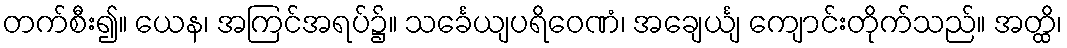
တက်စီး၍။ ယေန၊ အကြင်အရပ်၌။ သင်္ခေယျပရိဝေဏံ၊ အချေင်္ယျ ကျောင်းတိုက်သည်။ အတ္ထိ၊